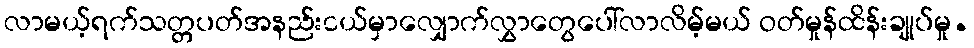
လာမယ့်ရက်သတ္တပတ်အနည်းငယ်မှာလျှောက်လွှာတွေပေါ်လာလိမ့်မယ် ဝတ်မှုန်ထိန်းချုပ်မှု.